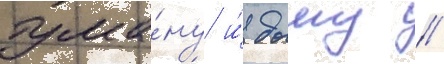
тума́ну и́ дыму /